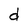
Character: d